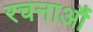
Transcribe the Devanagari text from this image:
रचनाऔं